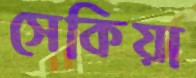
সেকিয়া